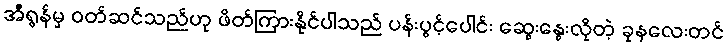
အီရွန်မှ ဝတ်ဆင်သည်ဟု ဖိတ်ကြားနိုင်ပါသည် ပန်းပွင့်ပေါင်း ဆွေးနွေးလိုတဲ့ ခုနလေးတင်